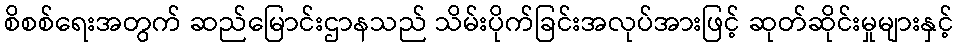
စိစစ်ရေးအတွက် ဆည်မြောင်းဌာနသည် သိမ်းပိုက်ခြင်းအလုပ်အားဖြင့် ဆုတ်ဆိုင်းမှုများနှင့်